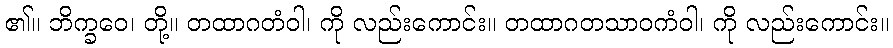
၏။ ဘိက္ခဝေ၊ တို့။ တထာဂတံဝါ၊ ကို လည်းကောင်း။ တထာဂတသာဝကံဝါ၊ ကို လည်းကောင်း။